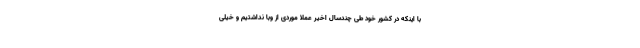
با اینکه در کشور خود طی چندسال اخیر عملا موردی از وبا نداشتیم و خیلی